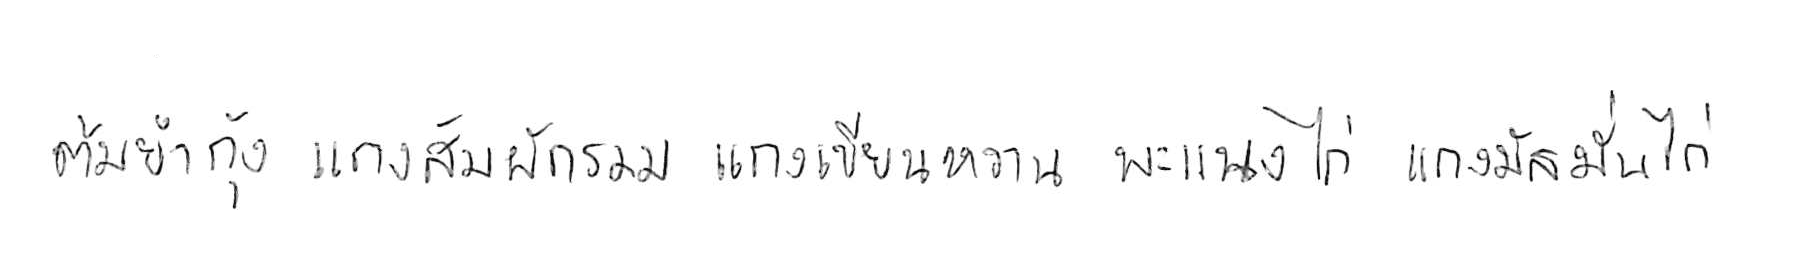
ต้มยำกุ้ง แกงส้มผักรวม แกงเขียวหวาน พะแนงไก่ แกงมัสมั่นไก่